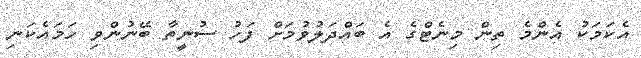
އެކަމަކު އެންމެ ތިން މިނެޓްގެ އެ ބައްދަލުވުމަށް ފަހު ސުނީތާ ބޭނުންވި ހަމައެކަނި